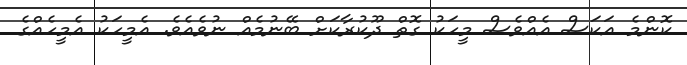
ކޮންމެ އަކަސް އެއްވެސް މީހަކު ގޮތް ދޫކުރާކަށް ބޭނުމެއް ނުވެއެވެ. އެމީހަކު އެމީހެއްގެ